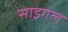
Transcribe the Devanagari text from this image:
साइगल